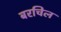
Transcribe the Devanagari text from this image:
बरचिल